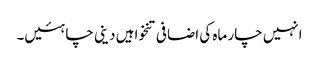
انہیں چار ماہ کی اضافی تنخواہیں دینی چاہئیں۔